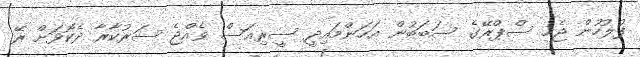
ފުލުހުން ޖެހި ސްޕްރޭގެ ސަބަބުން އަހަންމައިދީ ސީރިއަސް ވެއްޖެ ސަރުކާރާ ދެކޮޅަށް ރޭ